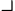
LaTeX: \lrcorner